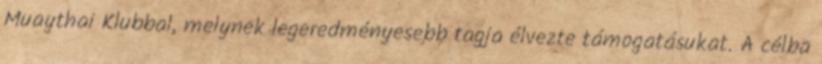
Muaythai Klubbal, melynek legeredményesebb tagja élvezte támogatásukat. A célba